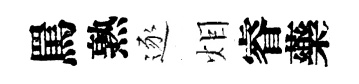
罵熟逐𤇆睿藥